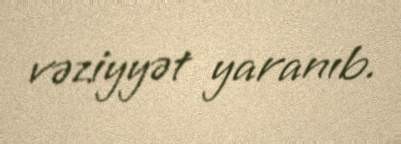
vəziyyət yaranıb.